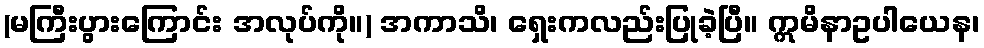
(မကြီးပွားကြောင်း အလုပ်ကို။) အကာသိ၊ ရှေးကလည်းပြုခဲ့ပြီ။ ဣမိနာဥပါယေန၊